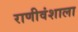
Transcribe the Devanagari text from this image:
राणीवंशाला